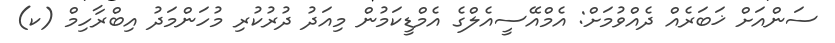
ސަންއަށް ޚަބަރެއް ދެއްވުމަށް: އެމްއޭސީއެލްގެ އެމްޑީކަމުން މިއަދު ދުރުކުރި މުހަންމަދު އިބްރާހިމް (ކ)